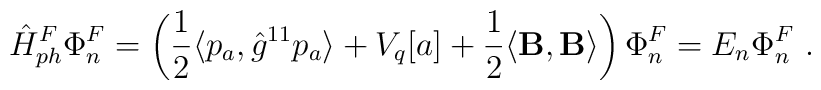
\hat{H}_{ph}^F\Phi _n^F=\left( \frac 12 \langle p_a,\hat{g}^{11}p_a\rangle + V_q[a] +\frac 12 \langle {\bf B},{\bf B} \rangle\right)\Phi _n^F=E_n\Phi _n^F\ .